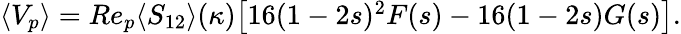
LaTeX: \begin{array}{r}{\langle V_{p}\rangle=Re_{p}\langle S_{12}\rangle(\kappa)\big[16(1-2s)^{2}F(s)-16(1-2s)G(s)\big].}\end{array}